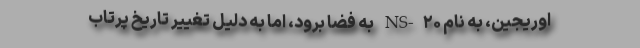
اوریجین، به نام NS-۲۰ به فضا برود، اما به دلیل تغییر تاریخ پرتاب